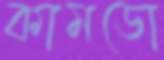
কামডো